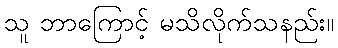
သူ ဘာကြောင့် မသိလိုက်သနည်း။